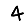
Digit: 4